Snake-venoms in relation to hæmolysis - Number 17
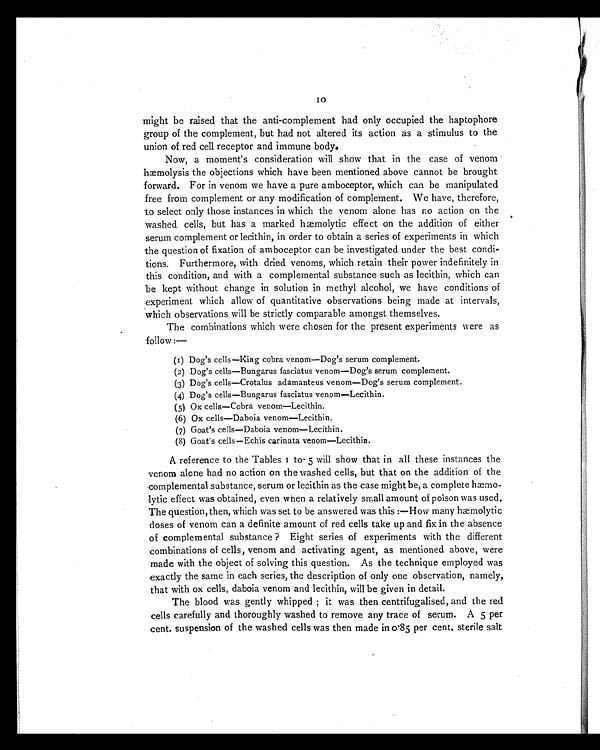
might be raised that the anti-complement had only occupied the haptophore
group of the complement, but had not altered its action as a stimulus to the
union of red cell receptor and immune body.
Now, a moment's consideration will show that in the case of venom
hæmolysis the objections which have been mentioned above cannot be brought
forward. For in venom we have a pure amboceptor, which can be manipulated
free from complement or any modification of complement. We have, therefore,
to select only those instances in which the venom alone has no action on the
washed cells, but has a marked hæmolytic effect on the addition of either
serum complement or lecithin, in order to obtain a series of experiments in which
the question of fixation of amboceptor can be investigated under the best condi-
tions. Furthermore, with dried venoms, which retain their power indefinitely in
this condition, and with a complemental substance such as lecithin, which can
be kept without change in solution in methyl alcohol, we have conditions of
experiment which allow of quantitative observations being made at intervals,
which observations will be strictly comparable amongst themselves.
The combinations which were chosen for the present experiments were as
follow:—
(1) Dog's cells—King cobra venom—Dog's serum complement.
(2) Dog's cells—Bungarus fasciatus venom—Dog's serum complement.
(3) Dog's cells—Crotalus adamanteus venom—Dog's serum complement.
(4) Dog's cells—Bungarus fasciatus venom—Lecithin.
(5) Ox cells—Cobra venom—Lecithin.
(6) Ox cells—Daboia venom—Lecithin.
(7) Goat's cells—Daboia venom—Lecithin.
(8) Goat's cells—Echis carinata venom—Lecithin.
A reference to the Tables 1 to- 5 will show that in all these instances the
venom alone had no action on the washed cells, but that on the addition of the
complemental substance, serum or lecithin as the case might be, a complete hæmo-
lytic effect was obtained, even when a relatively small amount of poison was used.
The question, then, which was set to be answered was this:—How many hæmolytic
doses of venom can a definite amount of red cells take up and fix in the absence
of complemental substance ? Eight series of experiments with the different
combinations of cells, venom and activating agent, as mentioned above, were
made with the object of solving this question. As the technique employed was
exactly the same in each series, the description of only one observation, namely,
that with ox cells, daboia venom and lecithin, will be given in detail.
The blood was gently whipped ; it was then centrifugalised, and the red
cells carefully and thoroughly washed to remove any trace of serum. A 5 per
cent. suspension of the washed cells was then made in 0.85 per cent. sterile salt